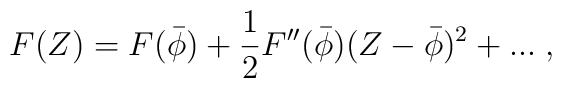
F(Z) = F(\bar{\phi}) + {1 \over 2} F''(\bar{\phi}) (Z - \bar{\phi})^2 + ... \; ,